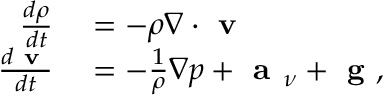
\begin{array} { r l } { \frac { d \rho } { d t } } & { { } = - \rho \nabla \cdot \textbf { v } } \\ { \frac { d \textbf { v } } { d t } } & { { } = - \frac { 1 } { \rho } \nabla p + \textbf { a } _ { \nu } + \textbf { g } , } \end{array}